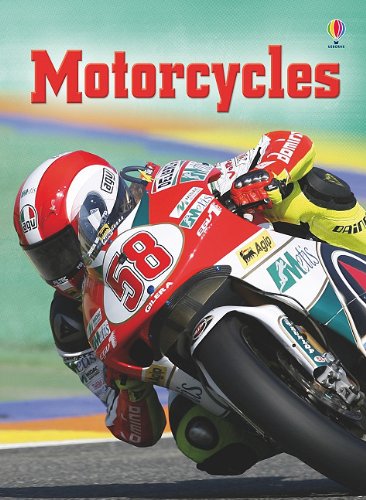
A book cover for Motorcyles; Lisa Jane Gillespie; Children's Books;